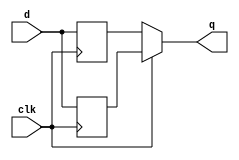
module top_module (
    input clk,
    input d,
    output q
);
    /*
    always@(posedge clk) begin
       q<=d; 
    end
    always@(negedge clk) begin
        q<=d;
    end
    Error -> Can't resolve multiple constant drivers for net "q"
    ----------xxxx---------
    always@(posedge clk or negedge clk) begin
       q<=d; 
    end
    Error -> event control cannot test for both positive and negative edges of variable "clk"
    */
    reg q1,q2;
    always@(posedge clk) begin
       q1<=d; 
    end
    
    always@(negedge clk) begin
       q2<=d; 
    end
    
    always@(*) begin
        if(clk)
            q=q1;
        else
            q=q2;             
    end

endmodule